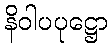
နိဝါပပုဋ္ဌော